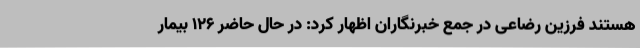
هستند فرزین رضاعی در جمع خبرنگاران اظهار کرد: در حال حاضر 126 بیمار